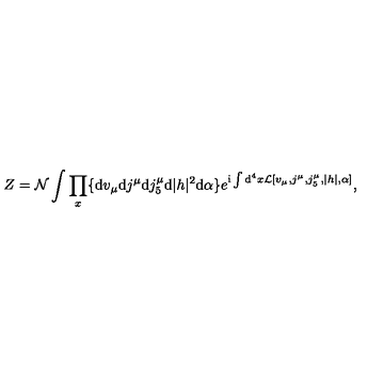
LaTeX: Z = { \cal N } \int \prod _ { x } \{ \mathrm { d } v _ { \mu } \mathrm { d } j ^ { \mu } \mathrm { d } j _ { 5 } ^ { \mu } \mathrm { d } | h | ^ { 2 } \mathrm { d } \alpha \} e ^ { \mathrm { i } \int \mathrm { d } ^ { 4 } x { \cal L } [ v _ { \mu } , j ^ { \mu } , j _ { 5 } ^ { \mu } , | h | , \alpha ] } ,